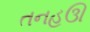
તનહઊ